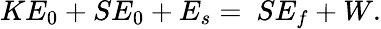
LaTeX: KE_{0}+SE_{0}+E_{s}=\ SE_{f}+W.